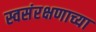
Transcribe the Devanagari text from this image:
स्वसंरक्षणाच्या